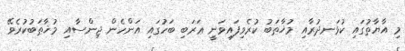
މި އާޔާތުގައި ކުޅަނދުރާއި މުޚާޠަބު ކުރެވިފައިވަނީ ޢަރަބި ބަހުގައި އަންހެން ޖިންސާއި މުޚާޠަބުކުރެވޭ